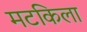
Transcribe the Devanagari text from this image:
मटकिला